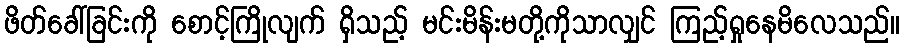
ဖိတ်ခေါ်ခြင်းကို စောင့်ကြိုလျက် ရှိသည့် မင်းမိန်းမတို့ကိုသာလျှင် ကြည့်ရှုနေမိလေသည်။